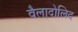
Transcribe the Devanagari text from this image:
वैलादोलिद